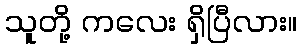
သူတို့ ကလေး ရှိပြီလား။